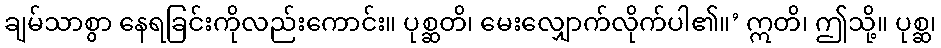
ချမ်သာစွာ နေရခြင်းကိုလည်းကောင်း။ ပုစ္ဆတိ၊ မေးလျှောက်လိုက်ပါ၏။’ ဣတိ၊ ဤသို့။ ပုစ္ဆ၊